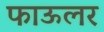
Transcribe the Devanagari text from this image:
फाऊलर